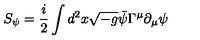
S _ { \psi } = \frac { i } { 2 } \int d ^ { 2 } x \sqrt { - g } \bar { \psi } \Gamma ^ { \mu } \partial _ { \mu } \psi